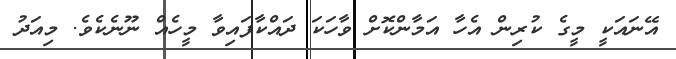
އޭނައަކީ މީގެ ކުރިން އެހާ އަމާންކޮށް ވާހަކަ ދައްކާފައިވާ މީހެއް ނޫނެކެވެ. މިއަދު